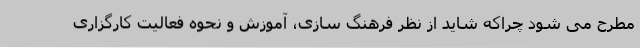
مطرح می شود چراکه شاید از نظر فرهنگ سازی، آموزش و نحوه فعالیت کارگزاری